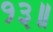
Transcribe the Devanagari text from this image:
१३॥